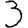
Digit: 3